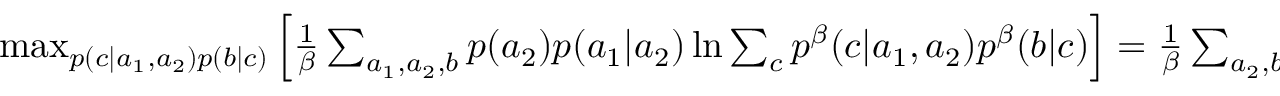
\begin{array} { r } { \operatorname* { m a x } _ { p ( c | a _ { 1 } , a _ { 2 } ) p ( b | c ) } \left[ { \frac { 1 } { \beta } \sum _ { a _ { 1 } , a _ { 2 } , b } p ( a _ { 2 } ) p ( a _ { 1 } | a _ { 2 } ) \ln { \sum _ { c } p ^ { \beta } ( c | a _ { 1 } , a _ { 2 } ) p ^ { \beta } ( b | c ) } } \right] = \frac { 1 } { \beta } \sum _ { a _ { 2 } , b } p ( a _ { 2 } ) \ln { \sum _ { c } \hat { p } ^ { \beta } ( c | a _ { 2 } ) \hat { p } ^ { \beta } ( b | c ) } . } \end{array}